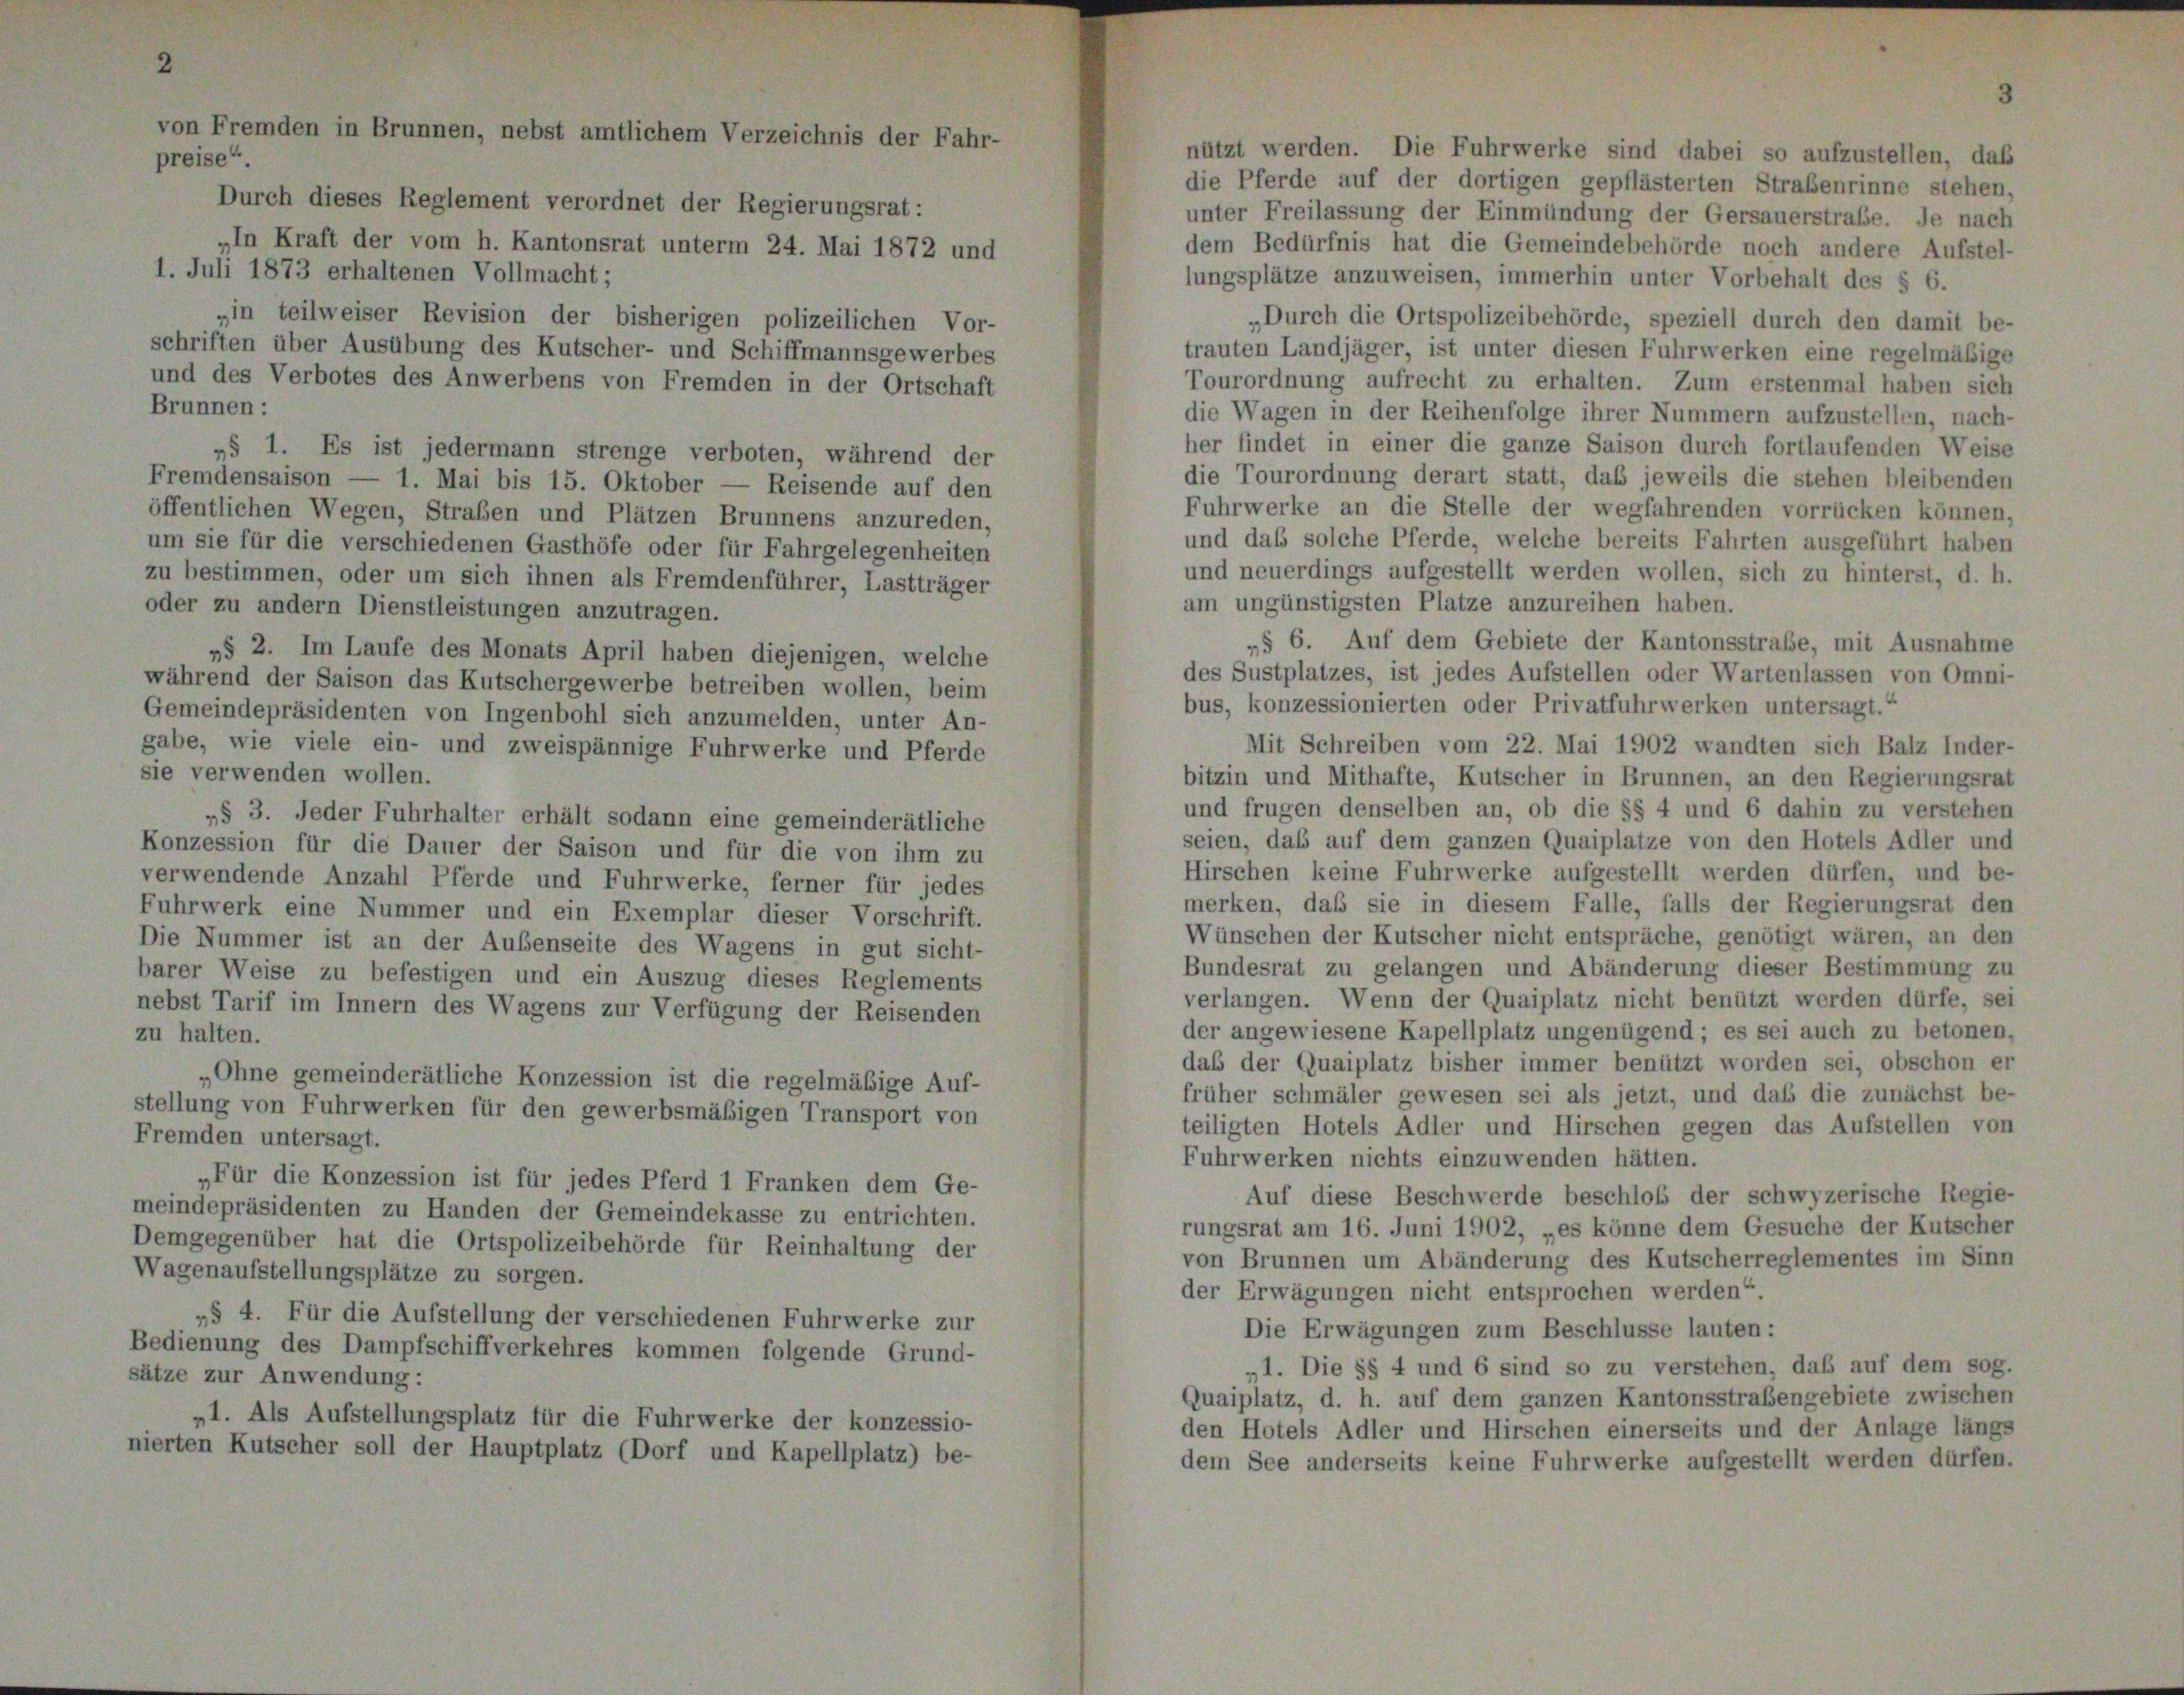
Wa

z für

lie Fr

ierigen pr

von Fremden in

„§ 3. Jeder Fuhrhalter erhält sodann eine gemeinderätliche
Konzession für die Dauer der Saison und für die von ihm zu
erwendende Anzahl Pferde und Fuhrwerke, ferner für jedes
Fuhrwerk eine Nummer und ein Exemplar dieser Vorschrift
Die Nummer ist an der Außenseite des Wagens in gut sicht-
arer Weise zu befestigen und ein Auszug dieses Reglements
ebst Tarif im Innern des Wagens zur Verfügung der Reisender
u halten.
Ohne gemeinderätliche Konzession ist die regelmäßige Auf-
ellung von Fuhrwerken für den gewerbsmäßigen Transport von
remden i
ters

sorgen.
lung der verschiedenen
ffverkehres kommen fol

w

her- und Schiffmannsgewerb

zession ist für jedes Pferd 1 Franken des
zu Handen der Gemeindekasse zu entr
 die Ortspolizeibehörde für Reinhaltun

t jedermann strenge verboten, während d.
1. Mai bis 15. Oktober — Reisende auf d
Straßen und Plätzen Brunnens anzurede
chiedenen Gasthöfe oder für Fahrgelegenheit
 um sich ihnen als Fremdenführer, Lastträg
enstleistungen anzutragen.
fe des Monats April haben diejenigen, welch
1 das Kutschergewerbe betreiben wollen, be-
n von Ingenbohl sich anzumelden, unter Ar
n- und zweispännige Fuhrwerke und Pfers

G.

werd

ten. Die Fus

w

die Pferde auf der dortigen gepflästerten Straßenrinne stehen,
unter Freilassung der Einmündung der Gersauerstraße. Je nach
dem Bedürfnis hat die Gemeindebehörde noch andere Aufstel-
lungsplätze anzuweisen, immerhin unter Vorbehalt des § 6.
„Durch die Ortspolizeibehörde, speziell durch den damit be-
trauten Landjäger, ist unter diesen Fuhrwerken eine regelmäßige
Tourordnung aufrecht zu erhalten. Zum erstenmal haben sich
die Wagen in der Reihenfolge ihrer Nummern aufzustellen, nach-
her findet in einer die ganze Saison durch fortlaufenden Weise
die Tourordnung derart statt, daß jeweils die stehen bleibenden
Fuhrwerke an die Stelle der wegfahrenden vorrücken können,
und das solche Pferde, welche bereits Fahrten ausgeführt haben
und neuerdings aufgestellt werden wollen, sich zu hinterst, d. h.
am ungünstigsten Platze anzureihen haben.
„§ 6. Auf dem Gebiete der Kantonsstraße, mit Ausnahme
des Sustplatzes, ist jedes Aufstellen oder Wartenlassen von Omni-
bus, konzessionierten oder Privatfuhrwerken untersagt.“
Mit Schreiben vom 22. Mai 1902 wandten sich Balz Inder-
bitzin und Mithafte, Kutscher in Brunnen, an den Regierungsrat
und frugen denselben an, ob die §§ 4 und 6 dahin zu verstehen
seien, das auf dem ganzen Quaiplatze von den Hotels Adler und
Hirschen keine Fuhrwerke aufgestellt werden dürfen, und be-
merken, daß sie in diesem Falle, falls der Regierungsrat den
Wünschen der Kutscher nicht entspräche, genötigt wären, an den
Bundesrat zu gelangen und Abänderung dieser Bestimmung zu
verlangen. Wenn der Quaiplatz nicht benützt werden dürfe, sei
der angewiesene Kapellplatz ungenügend; es sei auch zu betonen
das der Quaiplatz bisher immer benützt worden sei, obschon er
früher schmäler gewesen sei als jetzt, und daß die zunächst be-
teiligten Hotels Adler und Hirschen gegen das Aufstellen von
Fuhrwerken nichts einzuwenden hätten.
Auf diese Beschwerde beschloß der schwyzerische Regie-
rungsrat am 16. Juni 1902, „es könne dem Gesuche der Kutscher
von Brunnen um Abänderung des Kutscherreglementes im Sinn
der Erwägungen nicht entsprochen werden“.
Die Erwägungen zum Beschlüsse lauten:
„1. Die §§ 4 und 6 sind so zu verstehen, daß auf dem sog.
Quaiplatz, d. h. auf dem ganzen Kantonsstraßengebiete zwischen
den Hotels Adler und Hirschen einerseits und der Anlage längs
dem See anderseits keine Fuhrwerke aufgestellt werden dürfen.